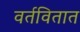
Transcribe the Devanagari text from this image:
वर्तवितात